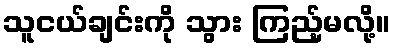
သူငယ်ချင်းကို သွား ကြည့်မလို့။